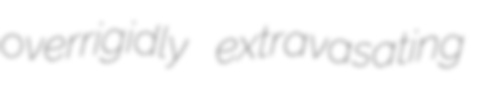
overrigidly extravasating